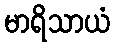
မာရိသာယံ